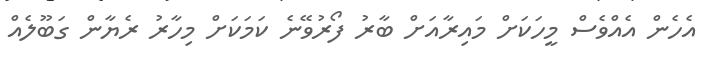
އެހެން އެއްވެސް މީހަކަށް މައިރާއަށް ބާރު ފޯރުވޭނެ ކަމަކަށް މިހާރު ރެޔާން ގަބޫލެއް